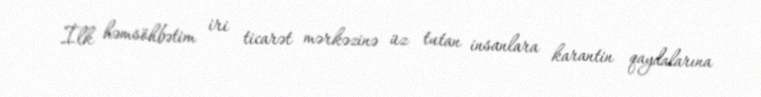
İlk həmsöhbətim iri ticarət mərkəzinə üz tutan insanlara karantin qaydalarına